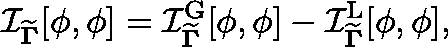
\mathcal { I } _ { { \widetilde { \mathbf { \Gamma } } } } [ \phi , \phi ] = \mathcal { I } _ { { \widetilde { \mathbf { \Gamma } } } } ^ { \mathrm { G } } [ \phi , \phi ] - \mathcal { I } _ { { \widetilde { \mathbf { \Gamma } } } } ^ { \mathrm { L } } [ \phi , \phi ] ,